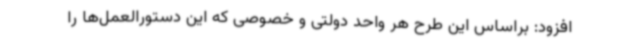
افزود: براساس این طرح هر واحد دولتی و خصوصی که این دستورالعمل‌ها را